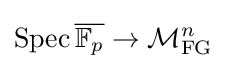
\operatorname {Spec} {\overline {\mathbb {F} _{p}}}\to {\mathcal {M}}_{\text{FG}}^{n}